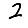
Digit: 2